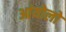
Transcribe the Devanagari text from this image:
आंयोलो